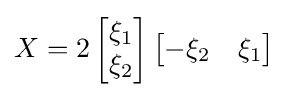
X=2\left[{\begin{matrix}\xi _{1}\\\xi _{2}\end{matrix}}\right]\left[{\begin{matrix}-\xi _{2}&\xi _{1}\end{matrix}}\right]